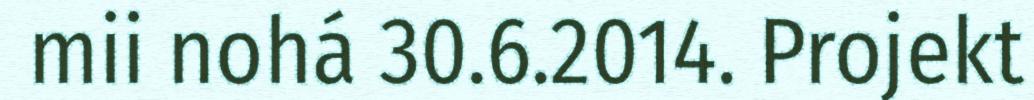
mii nohá 30.6.2014. Projekt